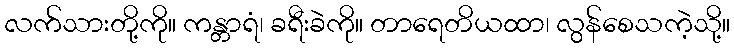
လက်သားတို့ကို။ ကန္တာရံ၊ ခရီးခဲကို။ တာရေတိယထာ၊ လွန်စေသကဲ့သို့။